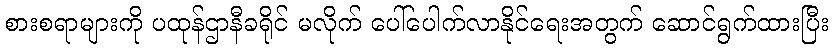
စားစရာများကို ပထုန်ဌာနီခရိုင် မလိုက် ပေါ်ပေါက်လာနိုင်ရေးအတွက် ဆောင်ရွက်ထားပြီး